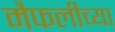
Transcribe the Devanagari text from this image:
मैफलीच्या